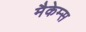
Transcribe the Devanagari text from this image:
मैकेम्स